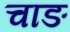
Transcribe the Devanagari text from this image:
चाङ